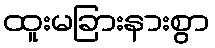
ထူးမခြားနားစွာ